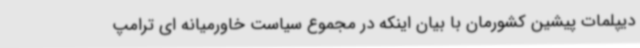
دیپلمات پیشین کشورمان با بیان اینکه در مجموع سیاست خاورمیانه ای ترامپ